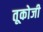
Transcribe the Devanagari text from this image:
तूकोजी